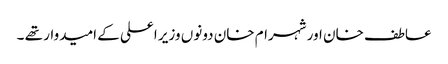
عاطف خان اور شہرام خان دونوں وزیر اعلی کے امیدوار تھے ۔